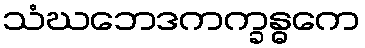
သံဃဘေဒကက္ခန္ဓကေ